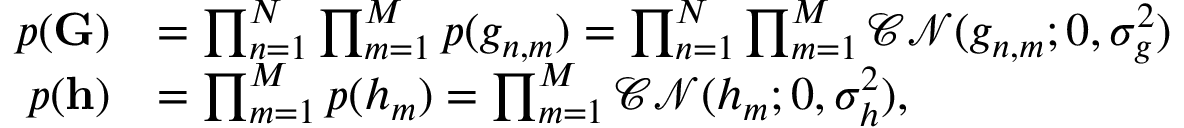
\begin{array} { r l } { p ( { \bf G } ) } & { = \prod _ { n = 1 } ^ { N } \prod _ { m = 1 } ^ { M } p ( g _ { n , m } ) = \prod _ { n = 1 } ^ { N } \prod _ { m = 1 } ^ { M } \mathcal { C N } ( g _ { n , m } ; 0 , \sigma _ { g } ^ { 2 } ) } \\ { p ( { \bf h } ) } & { = \prod _ { m = 1 } ^ { M } p ( h _ { m } ) = \prod _ { m = 1 } ^ { M } \mathcal { C N } ( h _ { m } ; 0 , \sigma _ { h } ^ { 2 } ) , } \end{array}